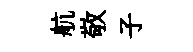
航敬子